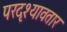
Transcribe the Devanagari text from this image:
परदृश्यावतार